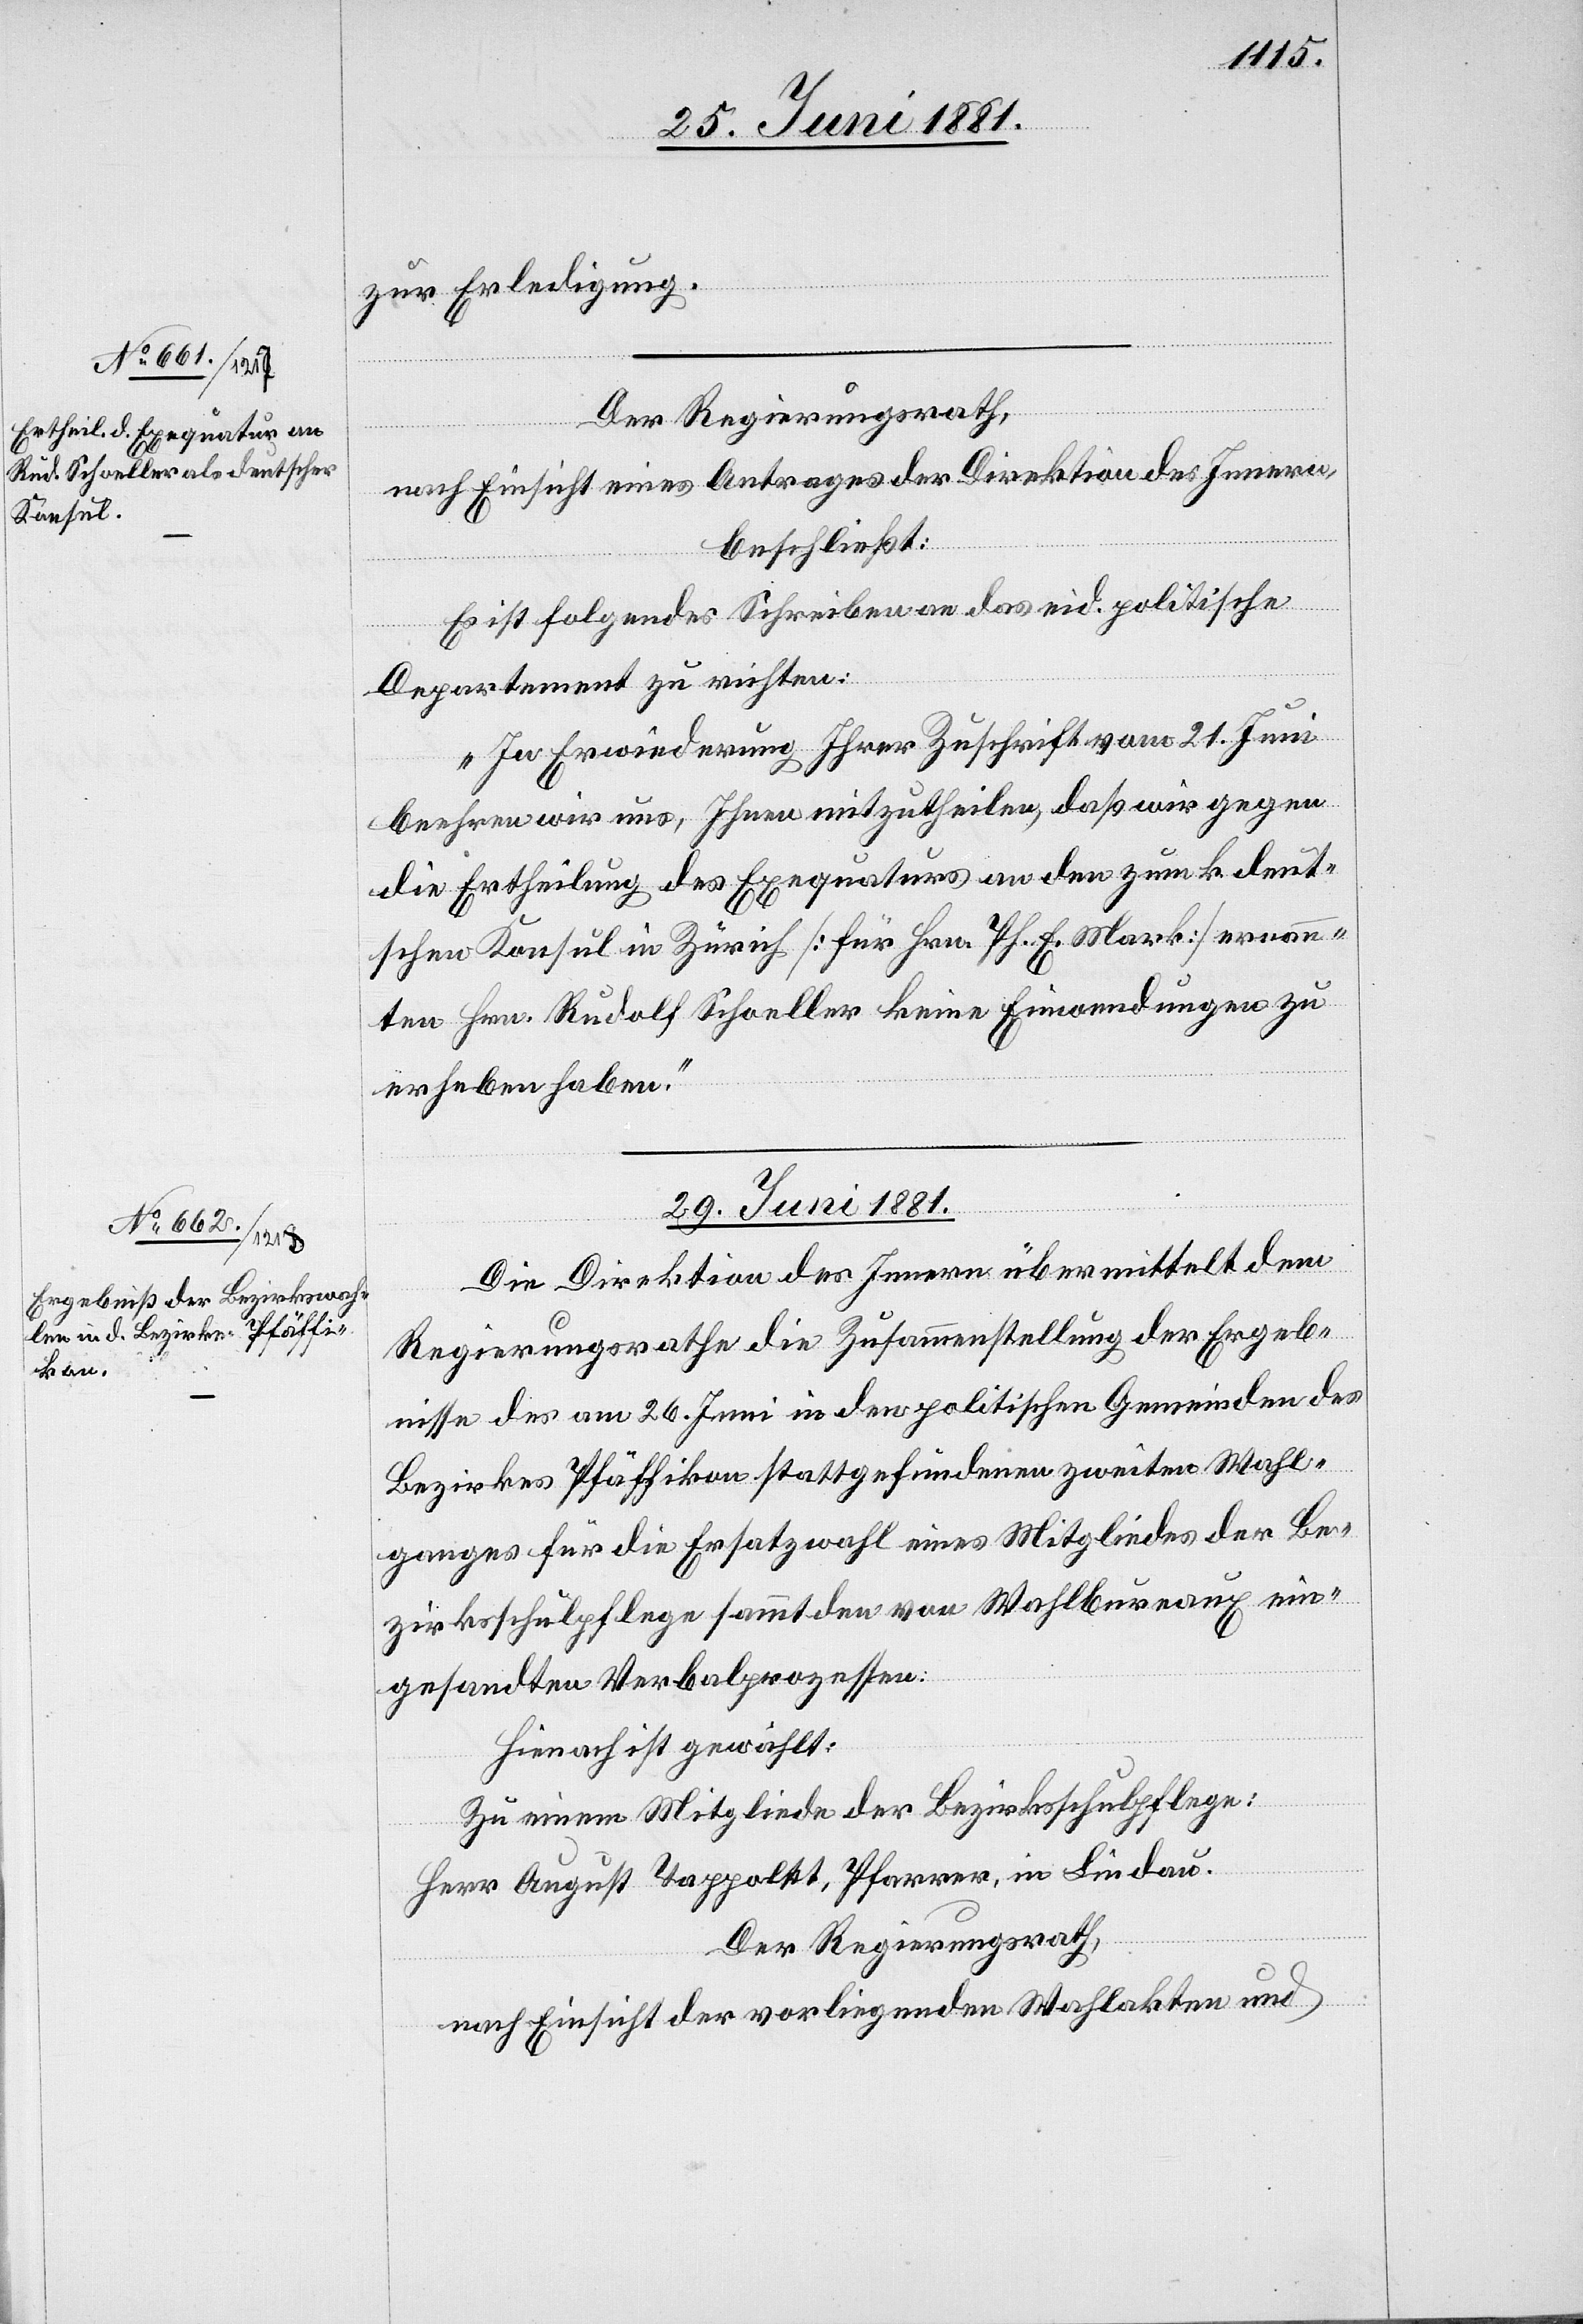
25. Juni 1881.]
zur Erledigung.
nach Einsicht eines Antrages der Direktion des Innern,
beschließt:
Es ist folgendes Schreiben an des eid. politischen
Departement zu richten:
„In Erwiederung Ihrer Zuschrift vom 21. Juni
beehren wir uns, Ihnen mitzutheilen, daß wir gegen
die Ertheilung des Exequaturs an den zum k. deut¬
schen Konsul in Zürich [für Hrn. Ph. E. Mark] ernann¬
ten Hrn. Rudolf Schoeller keine Einwendungen zu
erheben haben.“
29. Juni 1881.
Die Direktion des Innern übermittelt dem
Regierungsrathe die Zusammenstellung der Ergeb¬
nisse des am 26. Juni in den politischen Gemeinden des
Bezirkes Pfäffikon stattgefundenen zweiten Wahl¬
ganges für die Ersatzwahl eines Mitgliedes der Be¬
zirksschulpflege sammt den von Wahlbureaux ein¬
gesandten Verbalprozessen.
Hienach ist gewählt:
Zu einem Mitgliede der Bezirksschulpflege:
Herr August Tappolet, Pfarrer, in Lindau.
Der Regierungsrath,
nach Einsicht der vorliegenden Wahlakten und